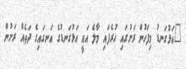
"އަޅުގަނޑު މިފަހުން ރަށުގައި ހުރެފައި މާލެ އައީ އަޅުގަނޑުގެ އަނގައިގެ ދަތެއް ރަށުން